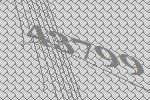
43799